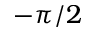
- \pi / 2